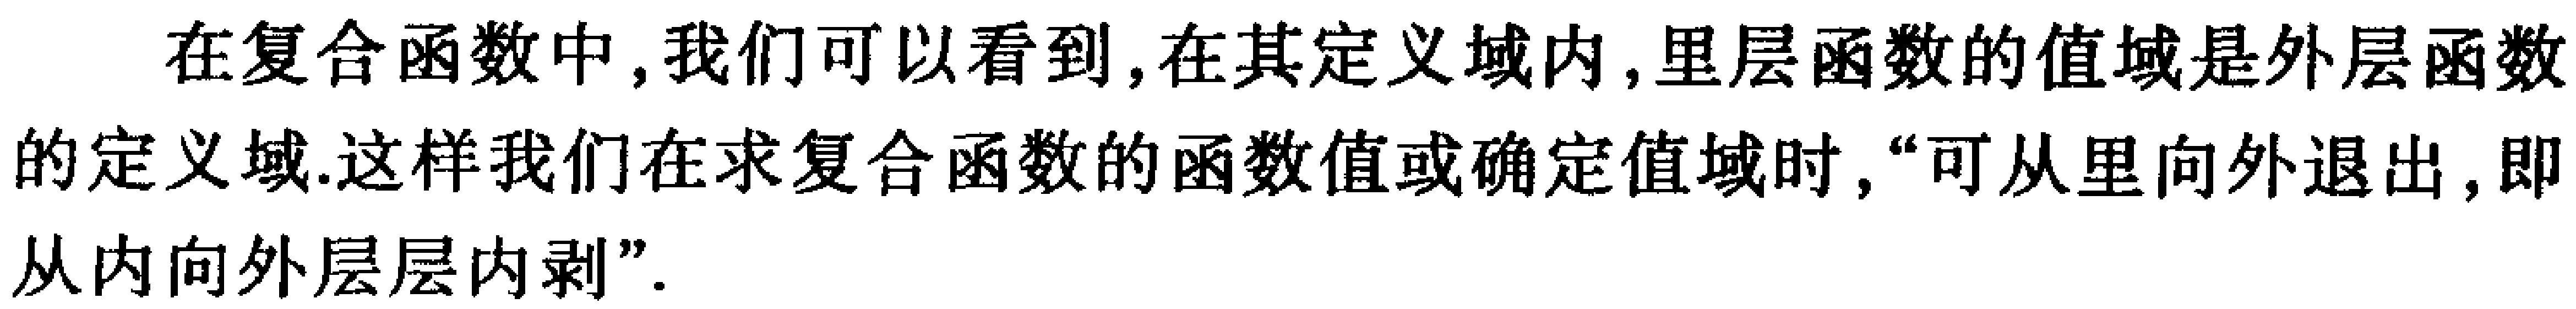
在复合函数中, 我们可以看到, 在其定义域内, 里层函数的值域是外层函数的定义域. 这样我们在求复合函数的函数值或确定值域时, “可从里向外退出, 即从内向外层层内剥”.